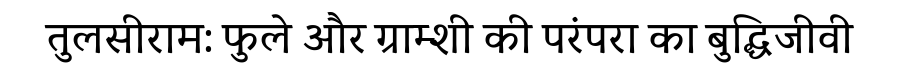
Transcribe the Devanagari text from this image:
तुलसीराम: फुले और ग्राम्शी की परंपरा का बुद्धिजीवी